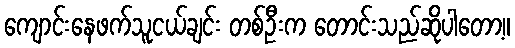
ကျောင်းနေဖက်သူငယ်ချင်း တစ်ဦးက တောင်းသည်ဆိုပါတော့။